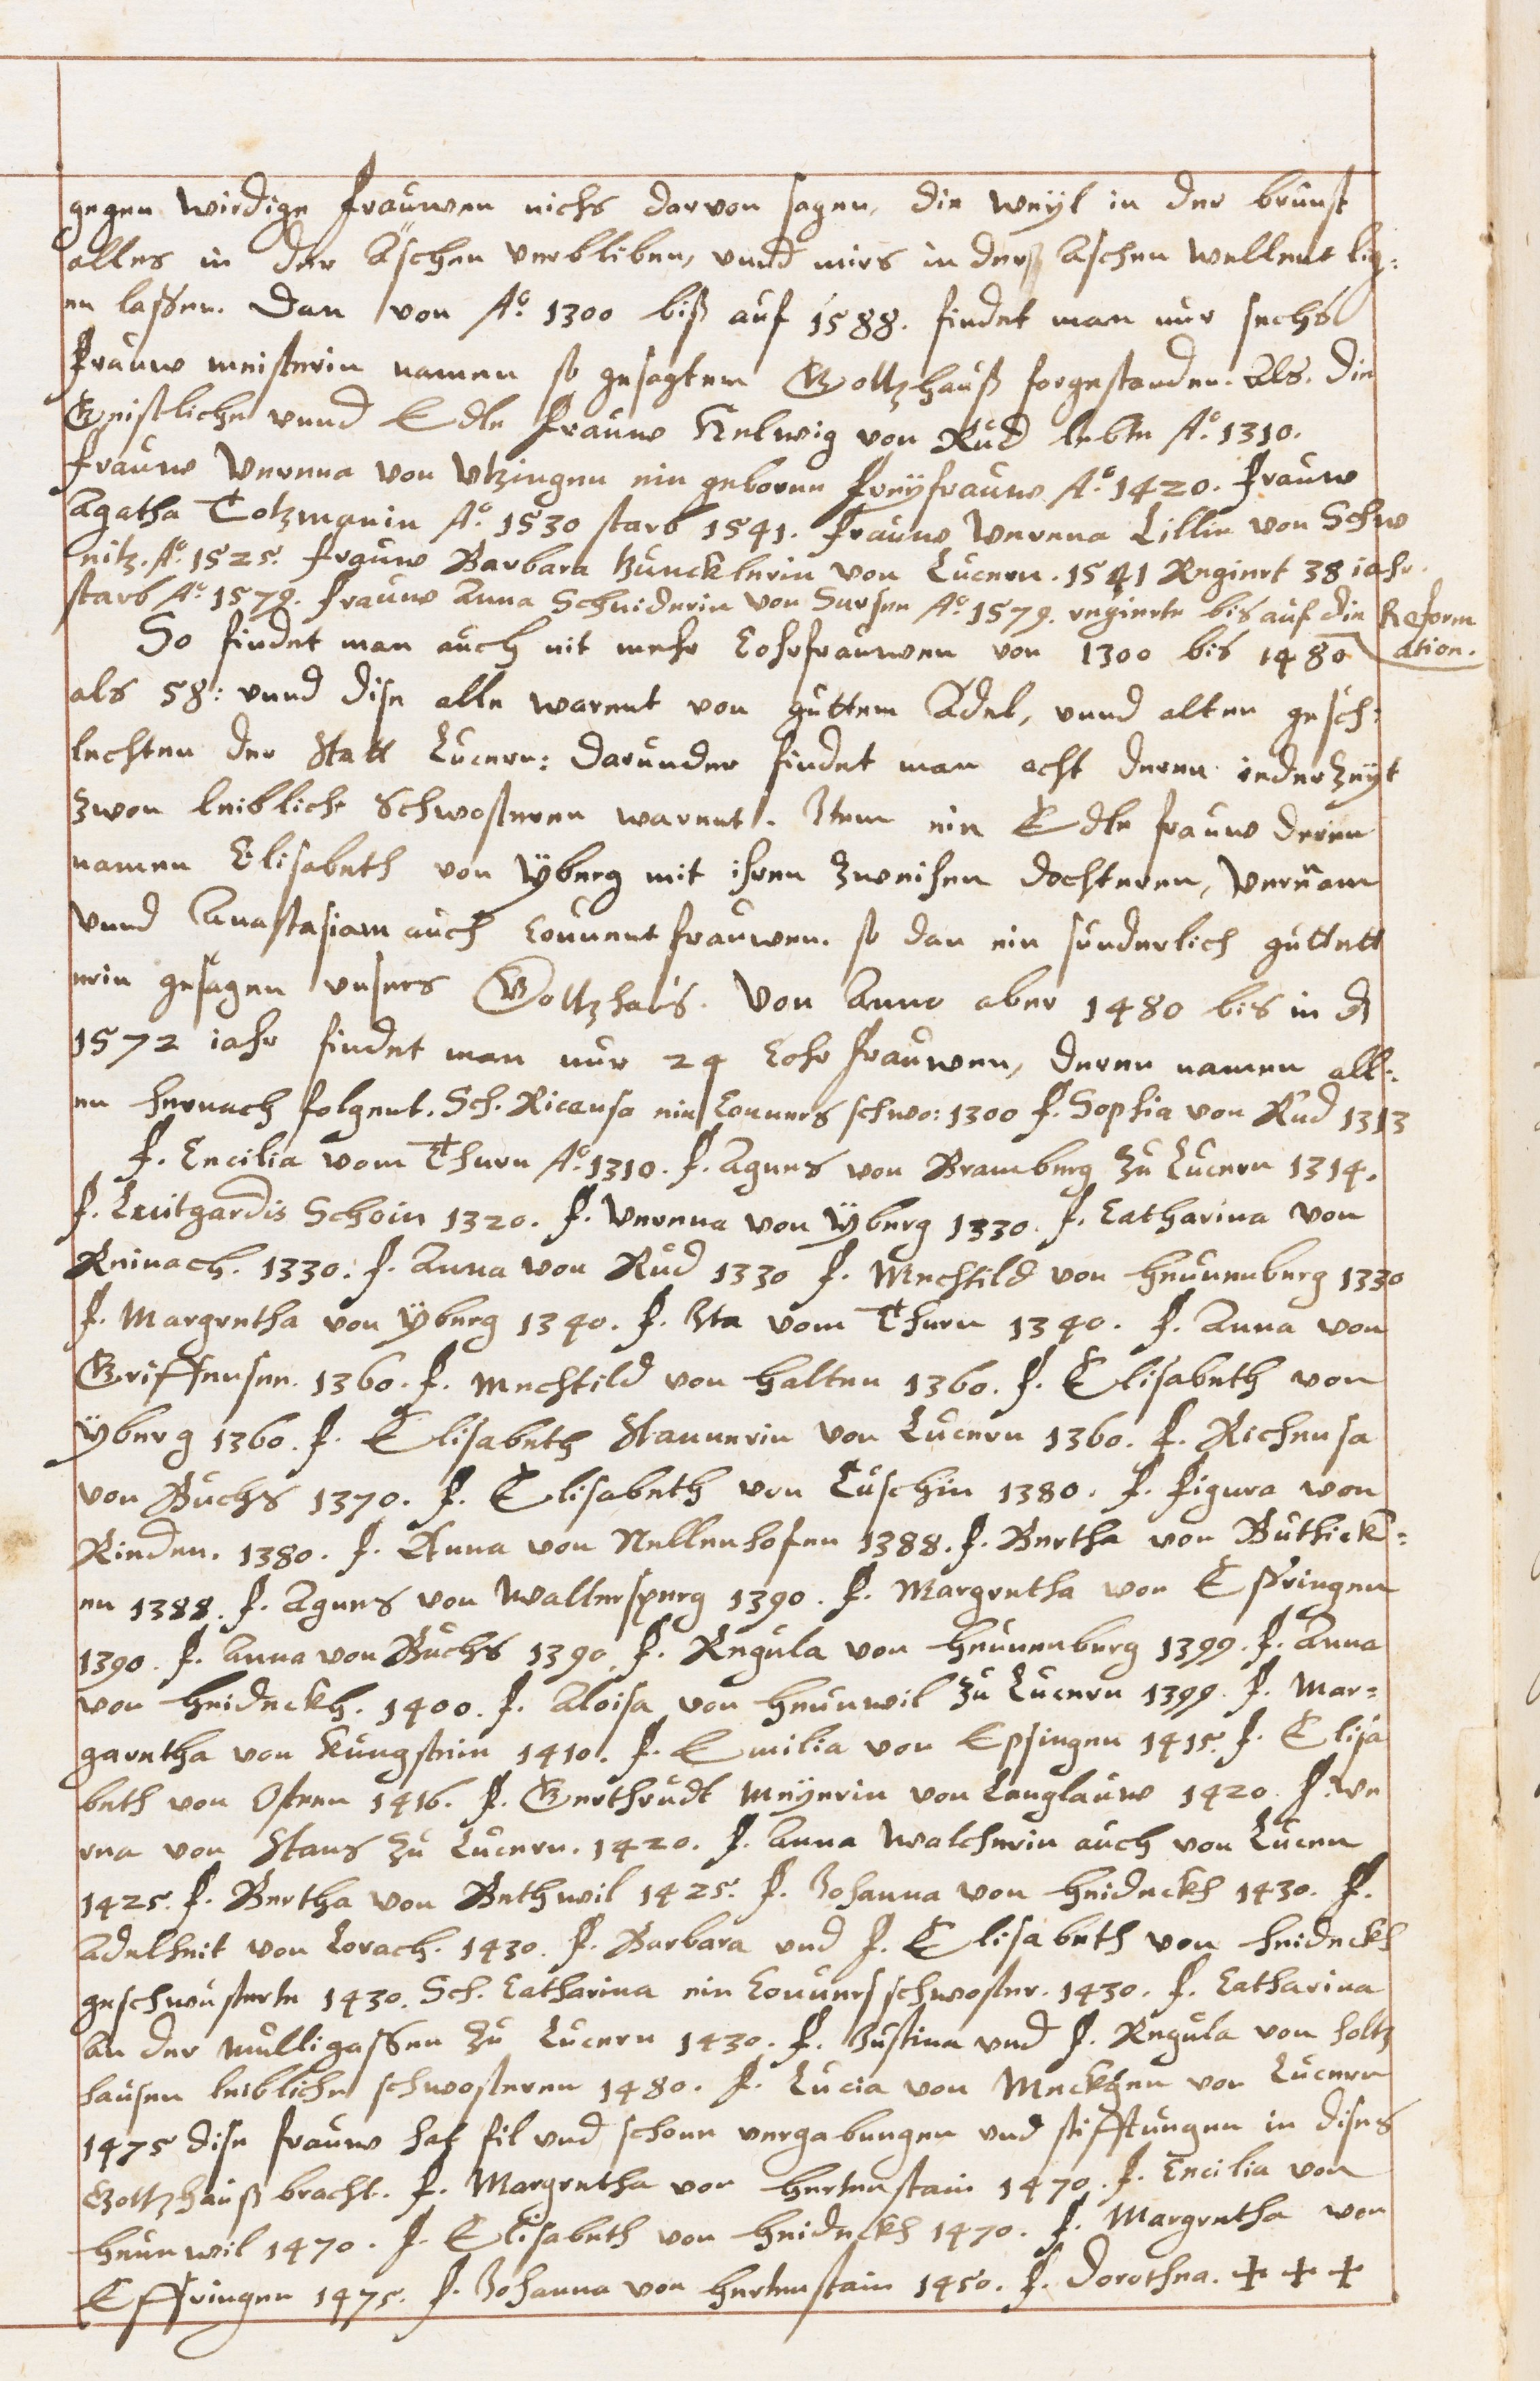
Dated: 1629–1659